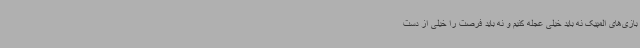
بازی‌های المپیک نه باید خیلی عجله کنیم و نه باید فرصت را خیلی از دست